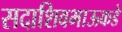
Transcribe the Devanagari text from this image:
सदाशिवभाऊकडे